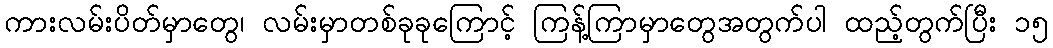
ကားလမ်းပိတ်မှာတွေ၊ လမ်းမှာတစ်ခုခုကြောင့် ကြန့်ကြာမှာတွေအတွက်ပါ ထည့်တွက်ပြီး ၁၅